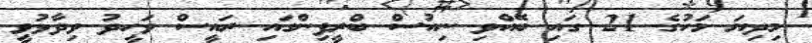
މިދިޔަ މަހުގެ 21 ގައި ބޭއްވި ނިއުސް ބްރީފިންގައި ރައީސް ވަހީދު ވިދާޅުވީ